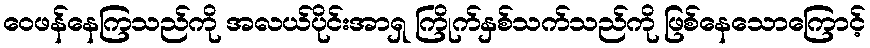
ဝေဖန်နေကြသည်ကို အလယ်ပိုင်းအာရှ ကြိုက်နှစ်သက်သည်ကို ဖြစ်နေသောကြောင့်